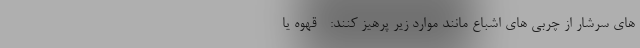
های سرشار از چربی های اشباع مانند موارد زیر پرهیز کنند: - قهوه یا